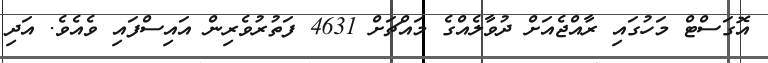
އޮގަސްޓް މަހުގައި ރާއްޖެއަށް ދުވާލެއްގެ މައްޗަށް 4631 ފަތުރުވެރިން އައިސްފައި ވެއެވެ. އަދި